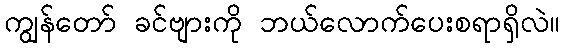
ကျွန်တော် ခင်ဗျားကို ဘယ်လောက်ပေးစရာရှိလဲ။